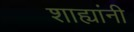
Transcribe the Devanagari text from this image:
शाह्यांनी